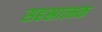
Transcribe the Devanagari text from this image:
सहस्रात्मक